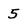
Character: 5